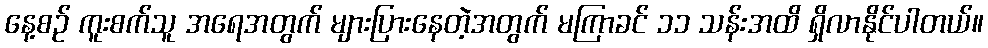
နေ့စဉ် ကူးစက်သူ အရေအတွက် များပြားနေတဲ့အတွက် မကြာခင် ၁၁ သန်းအထိ ရှိလာနိုင်ပါတယ်။